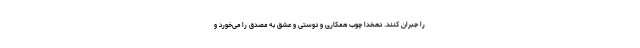
را جبران کنند. دهخدا چوب همکاری و دوستی و عشق به مصدق را می‌خورد و